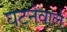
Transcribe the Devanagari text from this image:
घटनेवाले